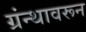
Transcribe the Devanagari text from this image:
ग्रंन्थावरून